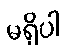
မရှိပါ